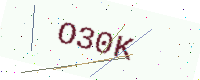
Text: O30K